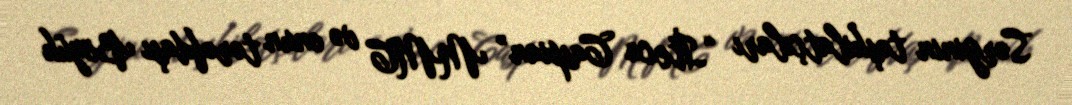
Sərginin təşkilatçıları “İteca Caspian” MMC və onun tərəfdaşı Böyük